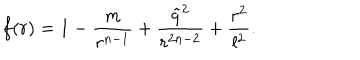
LaTeX: f ( r ) = 1 - \frac { m } { r ^ { n - 1 } } + \frac { \tilde { q } ^ { 2 } } { r ^ { 2 n - 2 } } + \frac { r ^ { 2 } } { l ^ { 2 } } .